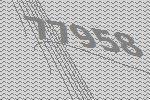
77958